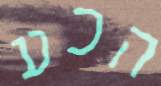
הכע